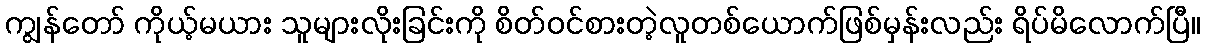
ကျွန်တော် ကိုယ့်မယား သူများလိုးခြင်းကို စိတ်ဝင်စားတဲ့လူတစ်ယောက်ဖြစ်မှန်းလည်း ရိပ်မိလောက်ပြီ။